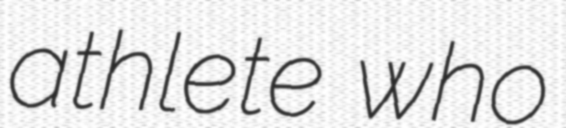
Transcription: athlete who